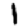
Digit: 1